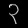
Digit: ၃